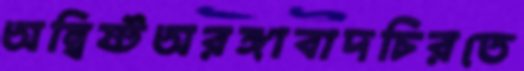
অন্বিষ্টঅরঙ্গাবাদচিরতে